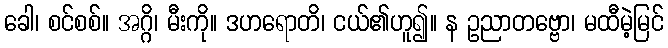
ခေါ၊ စင်စစ်။ အဂ္ဂိ၊ မီးကို။ ဒဟရောတိ၊ ငယ်၏ဟူ၍။ န ဥညာတဗ္ဗော၊ မထီမဲ့မြင်